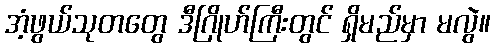
အံ့ဖွယ်သုတတွေ ဒီဂြိုဟ်ကြီးတွင် ရှိမည်မှာ မလွဲ။